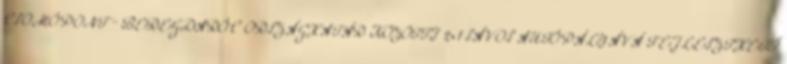
CSOMÓPONT – BEREGDARÓC ORSZÁGHATÁR KÖZÖTTI 2×1 SÁVOS AUTÓPÁLYÁVÁ FEJLESZTHETŐ